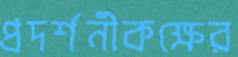
প্রদর্শনীকক্ষের